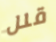
قلل